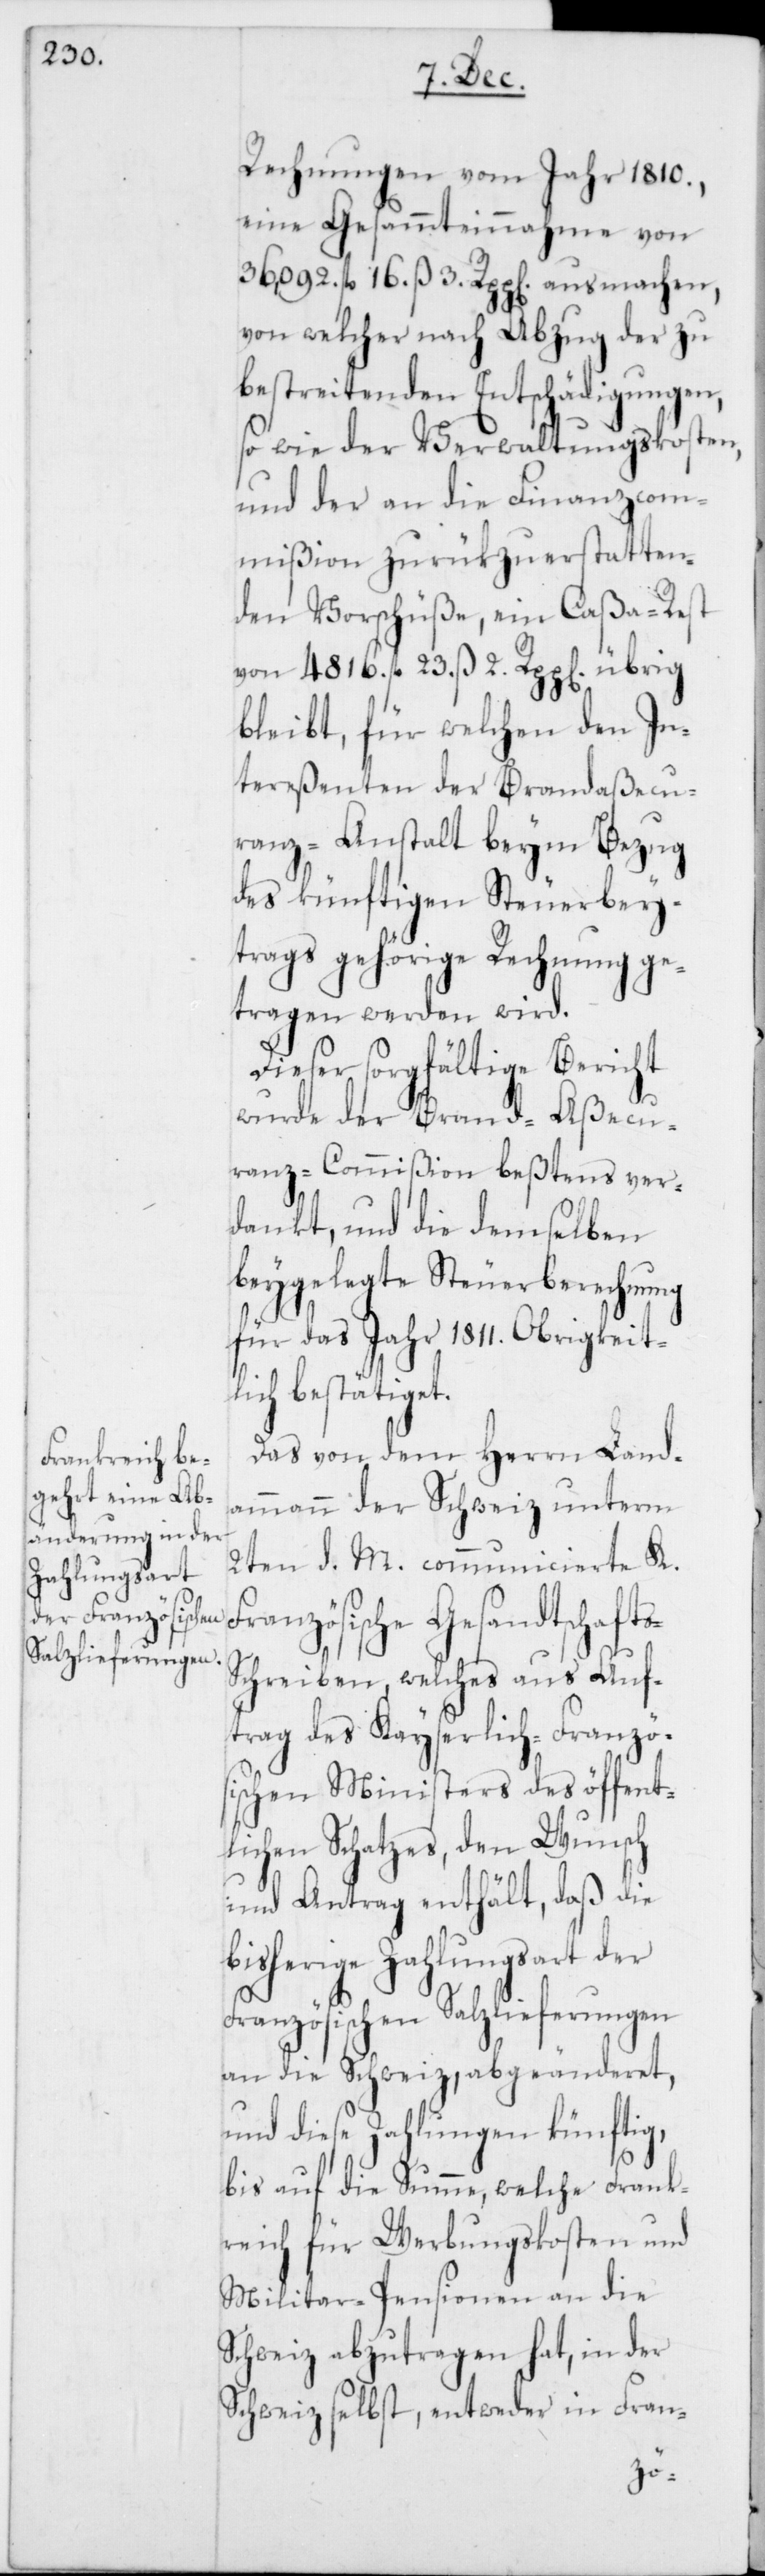
Rechnungen vom Jahr 1810.,
eine Gesammteinnahme von
36,092. fl. 16. ß 3. Rpp[en]. ausmachen,
von welcher nach Abzug der zu
bestreitenden Entschädigungen
so wie der Verwaltungskosten,
und der an die Finanzcom¬
mißion zurükzuerstatten¬
den Vorschüße, ein Caßa-Rest
von 4816. fl. 23. ß 2. Rpp[en]. übrig
bleibt, für welchen den In¬
tereßenten der Brandaßecu¬
ranz-Anstalt beym Bezug
des künftigen Steuerbei¬
trags gehörige Rechnung ge¬
tragen werden wird.
Dieser sorgfältige Bericht
wurde der Brand-Aßecu¬
ranz-Commißion beßtens ver¬
dankt, und die demselben
beygelegte Steuerberechnung
für das Jahr 1811. Obrigkeitl¬
ich bestätiget.
Das von dem Herrn Land¬
ammann der Schweiz unterm
2ten d. M. communicierte K.
ranzösische Gesandtschaft¬
chreiben, welches aus Auf¬
trag des Kayserlich-Französ¬
ischen Ministers des öffent¬
lichen Schatzes, den Wunsch
und Antrag enthält, daß die
bisherige Zahlungsart der
Französischen Salzlieferungen
an die Schweiz, abgeänderet,
und diese Zahlungen künftig,
bis auf die Summe, welche Frank¬
reich für Werbungskosten und
Militar-Pensionen an die
Schweiz abzutragen hat, in der
Schweiz selbst, entweder in Fran-
s-S¬